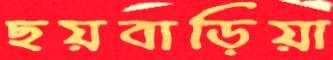
ছয়বাড়িয়া